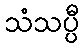
သံသပ္ပီ